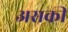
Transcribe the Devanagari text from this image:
असकी